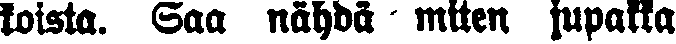
koista. Saa nähdä miten jupakka